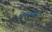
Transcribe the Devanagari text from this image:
निबंधणीतून